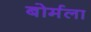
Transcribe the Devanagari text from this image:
बोर्मला